Malaria in India - Number 2
Disease focus: Malaria
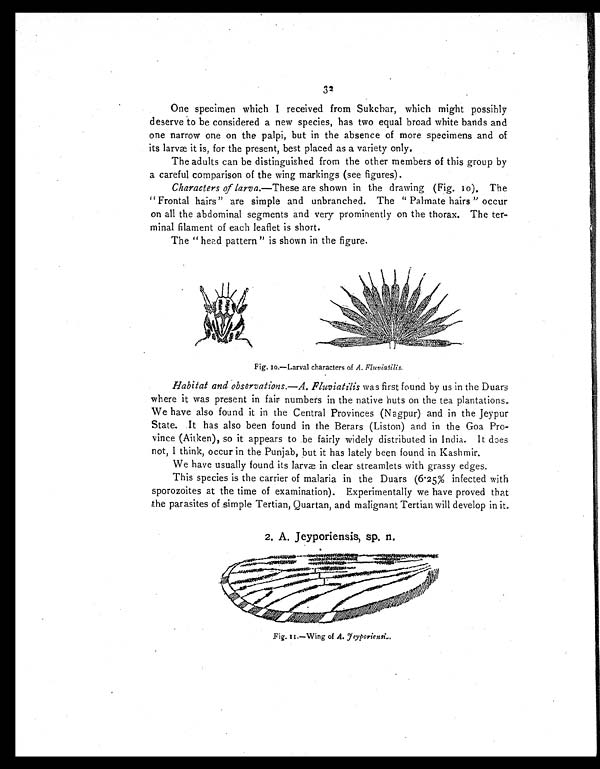
32
One specimen which I received from Sukchar, which might possibly
deserve to be considered a new species, has two equal broad white bands and
one narrow one on the palpi, but in the absence of more specimens and of
its larvæ it is, for the present, best placed as a variety only.
The adults can be distinguished from the other members of this group by
a careful comparison of the wing markings (see figures).
Characters of larva.—These are shown in the drawing (Fig. 10). The
"Frontal hairs" are simple and unbranched. The "Palmate hairs" occur
on all the abdominal segments and very prominently on the thorax. The ter--
minal filament of each leaflet is short.
The "head pattern "is shown in the figure.
Fig. 10.—Larval characters of A. Fluviafilis.
Habitat and observations.—A. Fluviatilis was first found by us in the Duars
where it was present in fair numbers in the native huts on the tea plantations.
We have also found it in the Central Provinces (Nagpur) and in the Jeypur
State. It has also been found in the Berars (Liston) and in the Goa Pro--
vince (Aitken), so it appears to be fairly widely distributed in India. It does
not, I think, occur in the Punjab, but it has lately been found in Kashmir.
We have usually found its larvæ in clear streamlets with grassy edges.
This species is the carrier of malaria in the Duars (6 . 25% infected with
sporozoites at the time of examination). Experimentally we have proved that
the parasites of simple Tertian, Quartan, and malignant Tertian will develop in it.
2. A. Jeyporiensis, sp. n.
Fig. II.—Wing of A. Jeyporiensis.